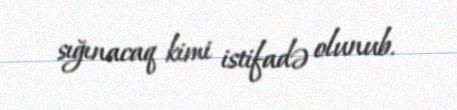
sığınacaq kimi istifadə olunub.